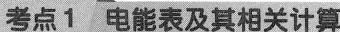
考点1电能表及其相关计算